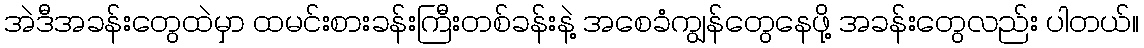
အဲဒီအခန်းတွေထဲမှာ ထမင်းစားခန်းကြီးတစ်ခန်းနဲ့ အစေခံကျွန်တွေနေဖို့ အခန်းတွေလည်း ပါတယ်။